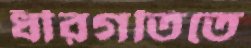
ধীরগতিতে